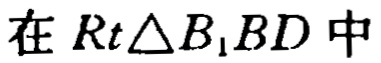
在 \(Rt\triangle B_{1}BD\) 中